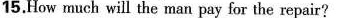
15.How much will the man pay for the repair?